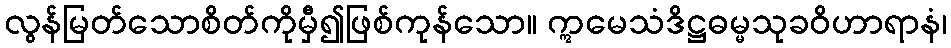
လွန်မြတ်သောစိတ်ကိုမှီ၍ဖြစ်ကုန်သော။ ဣမေသံဒိဋ္ဌဓမ္မသုခဝိဟာရာနံ၊